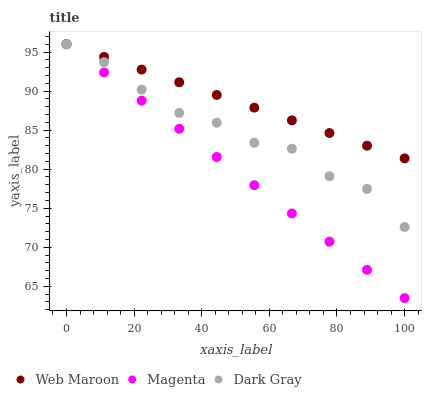
| xaxis_label | Web Maroon | Magenta | Dark Gray |
 | --- | --- | --- | --- |
 | 0 | 96 | 96 | 96 |
 | 11.1 | 94.4 | 92.4 | 93.7 |
 | 22.2 | 92.8 | 88.8 | 90.2 |
 | 33.3 | 91.1 | 85.2 | 87.2 |
 | 44.4 | 89.5 | 81.6 | 85.9 |
 | 55.6 | 87.9 | 77.9 | 83.4 |
 | 66.7 | 86.3 | 74.3 | 82.6 |
 | 77.8 | 84.6 | 70.7 | 79.1 |
 | 88.9 | 83 | 67.1 | 77.5 |
 | 100 | 81.4 | 63.5 | 72.6 |